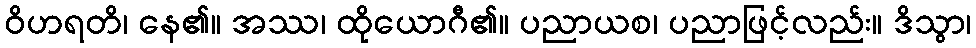
ဝိဟရတိ၊ နေ၏။ အဿ၊ ထိုယောဂီ၏။ ပညာယစ၊ ပညာဖြင့်လည်း။ ဒိသွာ၊